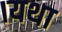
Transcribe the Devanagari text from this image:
।यथा